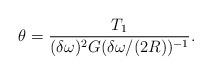
LaTeX: \begin{align*}\theta =\frac {T_1}{(\delta\omega)^2G(\delta\omega/(2R))^{-1}}.\end{align*}